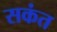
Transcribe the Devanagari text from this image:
सकंत